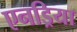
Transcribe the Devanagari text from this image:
एनड्रिया